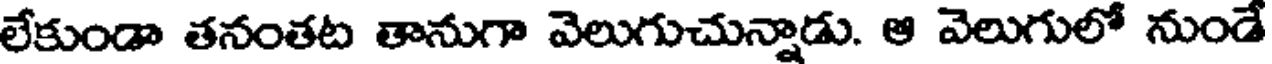
లేకుండా తనంతట తానుగా వెలుగుచున్నాడు. ఆ వెలుగులో నుండే